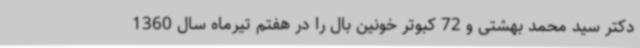
دکتر سید محمد بهشتی و 72 کبوتر خونین بال را در هفتم تیرماه سال 1360